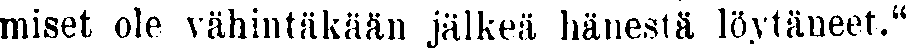
miset ole vähintäkään jälkeä hänestä löytäneet.''